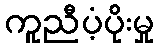
ကူညီပံ့ပိုးမှု